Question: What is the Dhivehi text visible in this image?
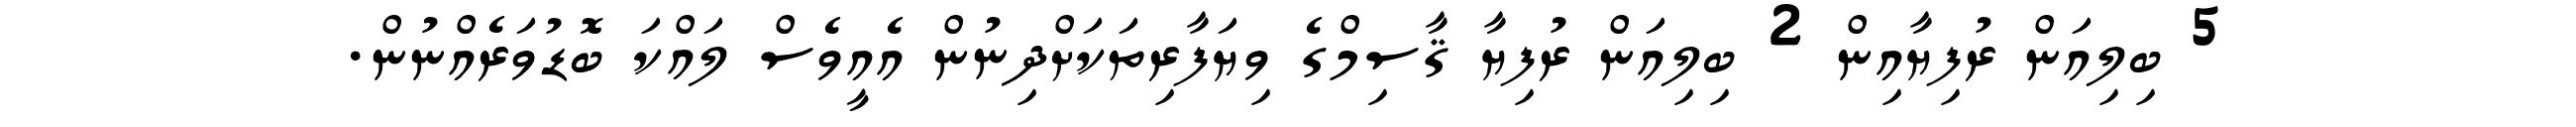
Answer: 5 ބިލިއަން ރުފިޔާއިން 2 ބިލިއަން ރުފިޔާ ޤާސިމްގެ ވިޔަފާރިތަކަށްދިނުން އެއީވެސް ލައްކަ ބޮޑުވަރެއްނުން.